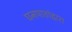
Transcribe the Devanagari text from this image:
घनपाठांद्वारा